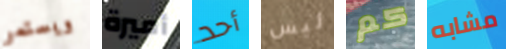
ويستمر أميرة أحد ليس كم مشابه